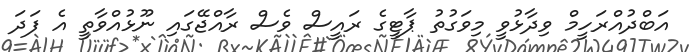
އަބްދުއްރަހީމް ވިދާޅުވީ މިވަގުތު ޕާޓީގެ ރައީސް ވެސް ރާއްޖޭގައި ނޫޅުއްވާތީ އެ ފަދަ